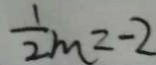
\frac { 1 } { 2 } m = - 2